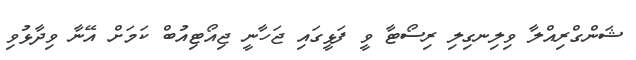
ޝަންގްރިއްލާ ވިލިނގިލި ރިސޯޓާ ވީ ފަޅީގައި ޖަހާނީ ޖިއޯޓިއުބް ކަމަށް އޭނާ ވިދާޅުވި